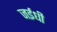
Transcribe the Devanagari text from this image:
जईधी